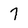
Character: 7